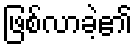
ဖြစ်လာခဲ့၏